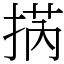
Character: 㨅